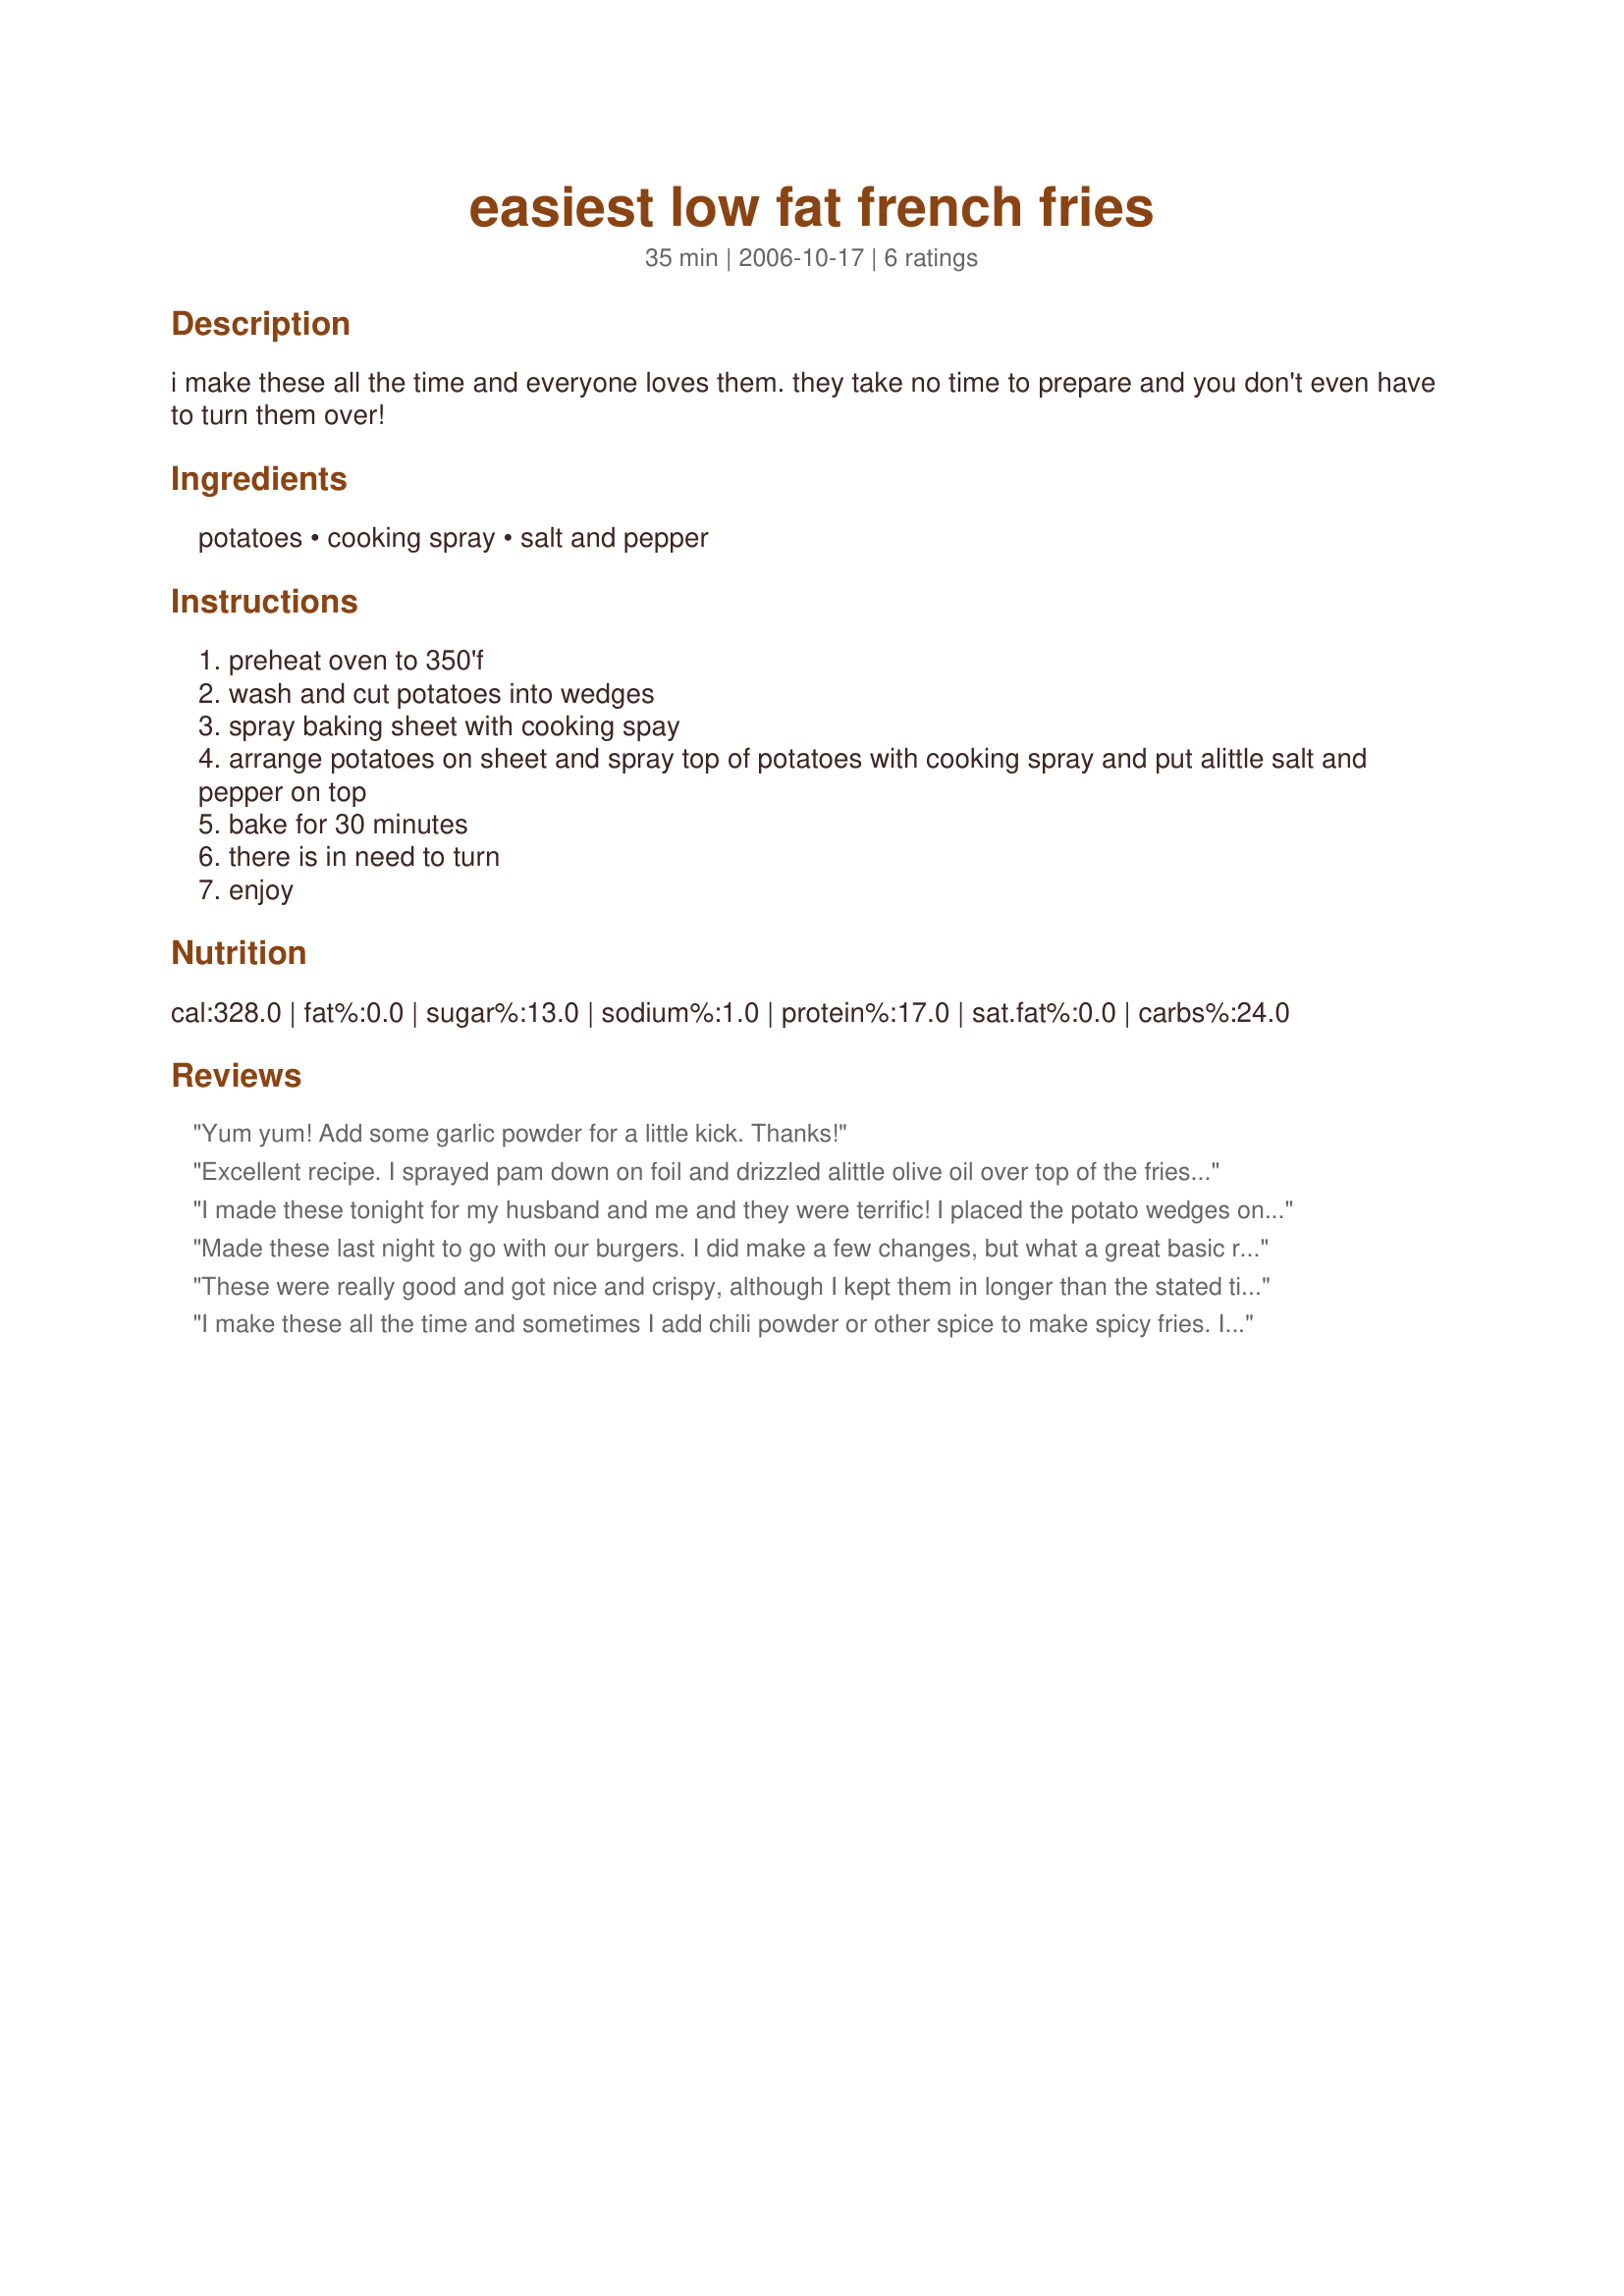
easiest low fat french fries
Preparation time: 35 minutes

i make these all the time and everyone loves them. they take no time to prepare and you don't even have to turn them over!

Ingredients:
potatoes, cooking spray, salt and pepper

Steps:
preheat oven to 350'f
wash and cut potatoes into wedges
spray baking sheet with cooking spay
arrange potatoes on sheet and spray top of potatoes with cooking spray and put alittle salt and pepper on top
bake for 30 minutes
there is in need to turn
enjoy

Reviews:
Yum yum! Add some garlic powder for a little kick. Thanks!
Excellent recipe. I sprayed pam down on foil and drizzled alittle olive oil over top of the fries and salt and peppered them. I baked mine on lower heat and they turned out delicious. This is a keeper in my book for fries. Thanks so much for sharing the recipe.
I made these tonight for my husband and me and they were terrific! I placed the potato wedges on my baking stone, which is well worn in so I didn't spray it with cooking spray. I did lightly spray the wedges themselves and then baked them for 10 minutes. I had cut the wedges kind of thin, thinking they'd cook faster, which they did and the really thin ones were kind of dry. Next time I'll cut them a little thicker as they bake so well on the stone. I used Yukon gold potatoes, the best in the world! Thanks for posting this easy, delicious recipe OntarioGirl!
Made these last night to go with our burgers. I did make a few changes, but what a great basic recipe! I added parm cheese to the mix, along with paprika, allspice, nutmeg cayenne, cinnamon, thyme, and ginger. It was a great spice mix. Just a hint of hot, but lots of flavor. I shook it all up in a baggie with the taters and baked like the recipe says. What a treat! We have not had fries in this house for years! Looking forward to making these again. Thanks much.
These were really good and got nice and crispy, although I kept them in longer than the stated time, and I did turn them a few times for even cooking and to get nice and crispy on all sides of the fries. Loved the fact they are low in fat, and if your going to indulge in potatoes, this is a great way to cut some calories! Thanks for this recipe Ontariogirl!
I make these all the time and sometimes I add chili powder or other spice to make spicy fries. I never have leftovers with this recipe!
